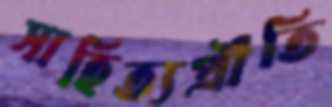
সাহিত্যপ্রীতি